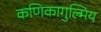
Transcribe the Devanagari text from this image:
कणिकागुल्मिय